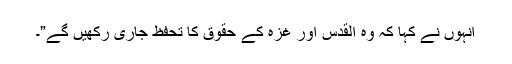
انہوں نے کہا کہ وہ القدس اور غزہ کے حقوق کا تحفظ جاری رکھیں گے”۔